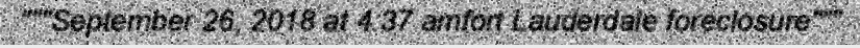
"""September 26, 2018 at 4:37 amfort Lauderdale foreclosure"""